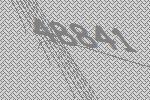
48841